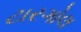
ટારગોલ